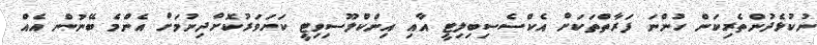
ނުކުޅެދުންތެރިކަން ހުންނަ ފަރާތްތަކަށް އެކްސެސިބިލިޓީ އާއި އިންކްލޫސިވިޓީ ކަށަވަރުކޮށްދިނުމަށް އެންމެ ބޭނުން އެއް